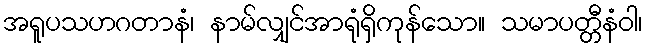
အရူပသဟဂတာနံ၊ နာမ်လျှင်အာရုံရှိကုန်သော။ သမာပတ္တီနံဝါ၊